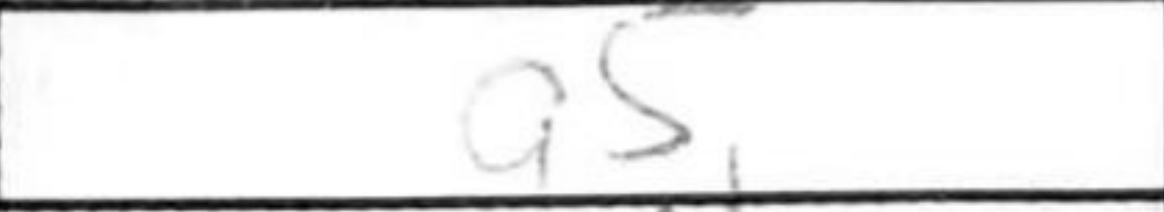
Transcription: a5